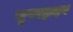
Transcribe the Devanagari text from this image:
सुपरड्राइव